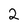
Character: 2